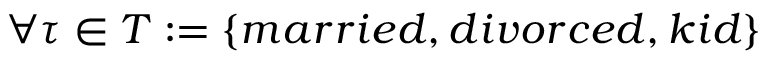
\forall \tau \in T : = \{ m a r r i e d , d i v o r c e d , k i d \}